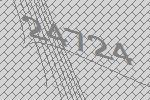
24724